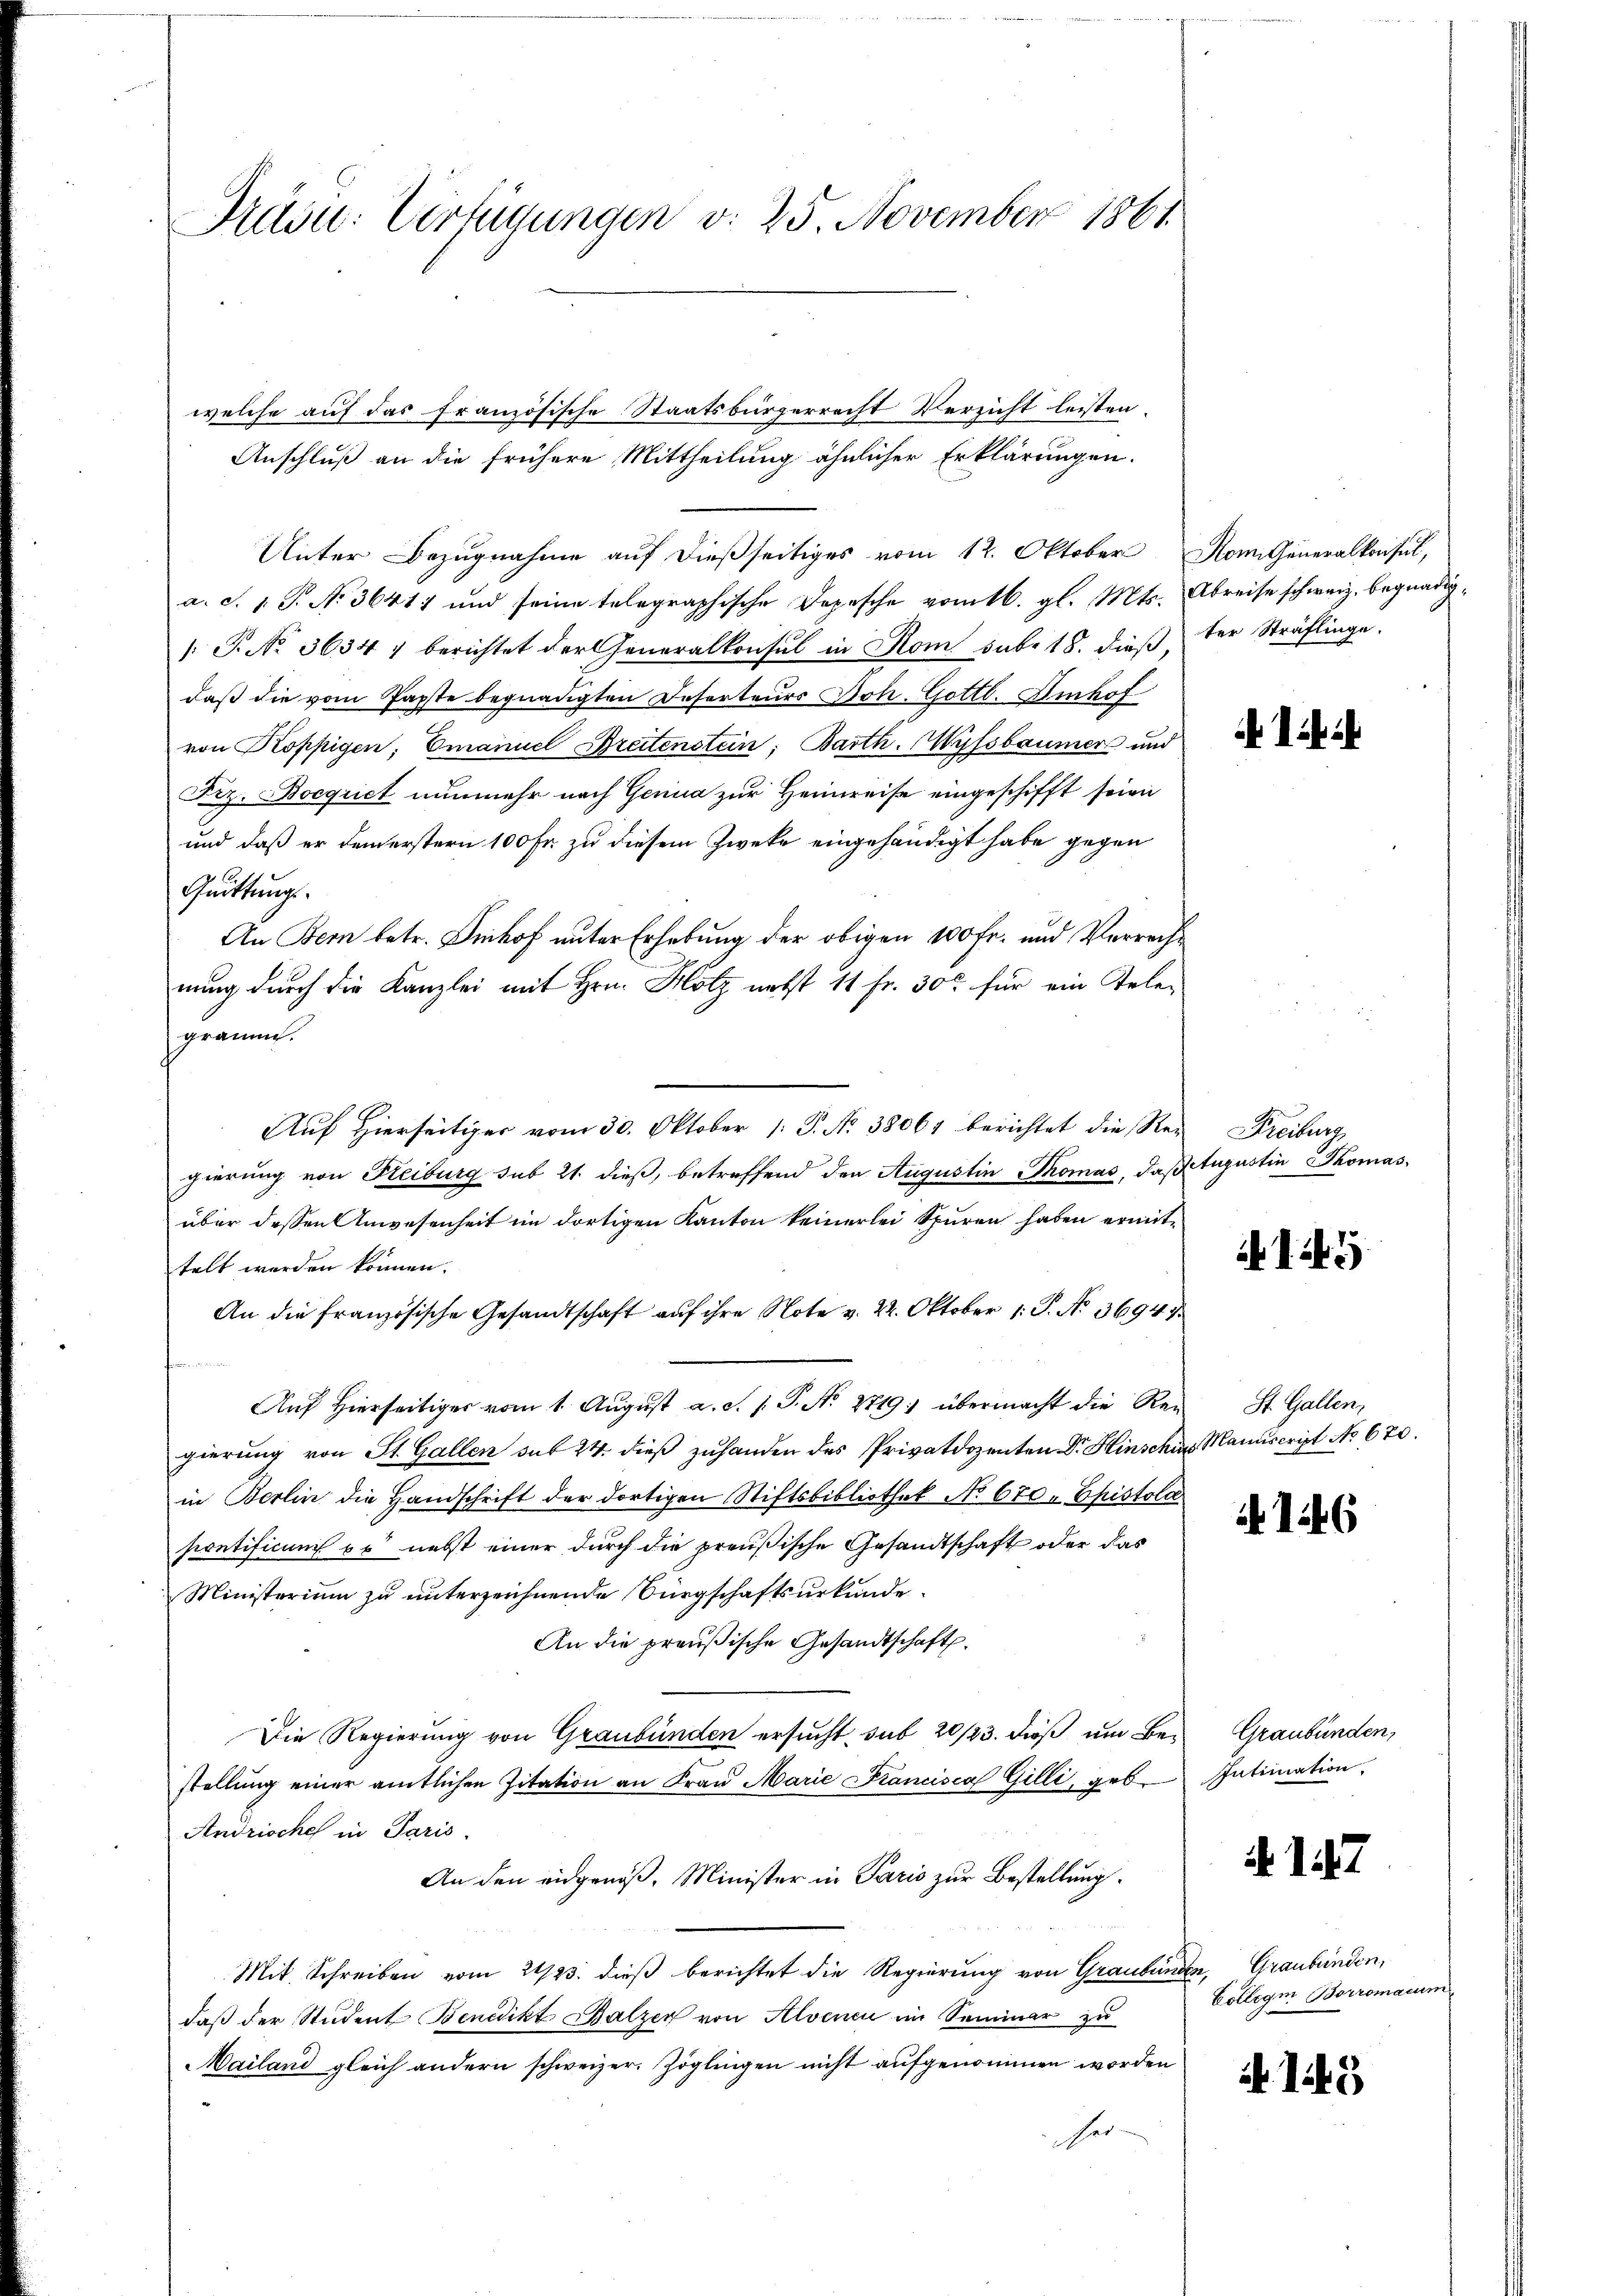
Präsu: Verfügungen v. 25. November 1861

welche auf das französische Staatsbürgerrecht Verzicht leisten.
Anschluß an die frühere Mittheilung ähnlicher Erklärungen.
Unter Bezugnahme auf dießseitiges vom 12. Oktober
a. S. 1 S. Nr. 36417 und seine telegraphische Depesche vom 16. gl. Mts.
/: P. No 3634) berichtet der Generalkonsul in Rom sub. 18. dieß,
daß die vom Papste begnadigten Deserteurs Joh. Gottl. Imhof
von Koppigen, Emanuel Breitenstein: Barth. Wyssbaumer und
Fiz. Boequiet nunmehr nach Genua zur Heimreise eingeschifft seien
und daß er dem erstern 100 Fr. zu diesem Zweke eingehändigt habe gegen
Quittung.
An Bern betr. Imhof unter Erhebung der obigen 100 Fr. und Verrechnung durch die Kanzlei mit Hrn. Holz nebst 11 fr. 300 für ein Telegramm.
Auf hierseitiger vom 30. Oktober 1. P. Nr. 38061 berichtet die Regreiburg
gierung von Freiburg sub 21. dieß, betreffend den Augustin Thomas, daß
über dessen Anwesenheit im dortigen Kanton keinerlei Spuren haben ermittelt werden können.
An die französische Gesandtschaft auf ihre Note v. 22. Oktober 1. P. No. 36947.
Aŭf Hierseitiger vom 1. Aŭgŭst a. d. 1. P. No. 2719: übermacht die Ren St. Gallen,
gierung von St. Gallen sub 24. dieß zuhanden des Privatdozenten Dr Hinschen Manuscript No 670.
in Berlin die Handschrift der dortigen Stiftsbibliothek No 670. Epistola
sirntificum es nebst einer durch die preußische Gesandtschaft oder das
Ministerium zu unterzeichnende Bürgschaftsurkunde
An die preußische Gesandtschaft.
Die Regierung von Graubünden ersucht, sub 20/23. dieß um Bestellung einer amtlichen Zitation an Fraŭ Marie Francisca Gilli, geb.
Andrische in Paris.
An den eidgenoß, Minister in Paris zur Bestellung
Mit Schreiben vom 2423. dieß berichtet die Regierung von Graubünden, Graubünden,
daß der Student Benedikt Balzer von Alvenen im Seminar zu
Mailand gleich andern schweizer. Zöglingen nicht aufgenommen worden
Her

Mon. Generalkonsul,
Abreise schweiz, begnadigter Sträflinge.

Tetugustin Thomas

A 15

if. 126

Graubünden,
Intimation.

117

Collegi Borromanis

i lie